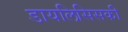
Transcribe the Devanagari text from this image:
डायलिसिसकी